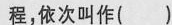
程，依次叫作( )